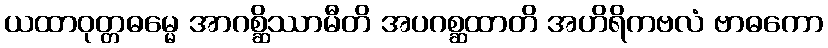
ယထာဝုတ္တဓမ္မေ အာဂစ္ဆိဿာမီတိ အပဂစ္ဆထာတိ အဟိရိကဗလံ ဗာဓကော